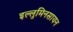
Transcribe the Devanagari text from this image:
इल्लुमिनसायन